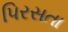
પિરસતા